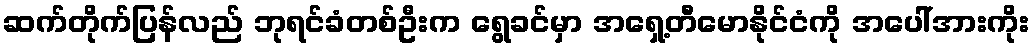
ဆက်တိုက်ပြန်လည် ဘုရင်ခံတစ်ဦးက ရွေခင်မှာ အရှေ့တီမောနိုင်ငံကို အပေါ်အားကိုး